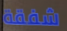
شفقة